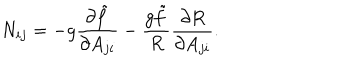
LaTeX: N _ { i j } = - g { \frac { \partial \tilde { f } } { \partial A _ { j i } } } - { \frac { g \tilde { f } } { R } } { \frac { \partial R } { \partial A _ { j i } } } .